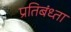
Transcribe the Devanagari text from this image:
प्रतिबंध्ता